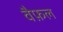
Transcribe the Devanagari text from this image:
वैफ़ल